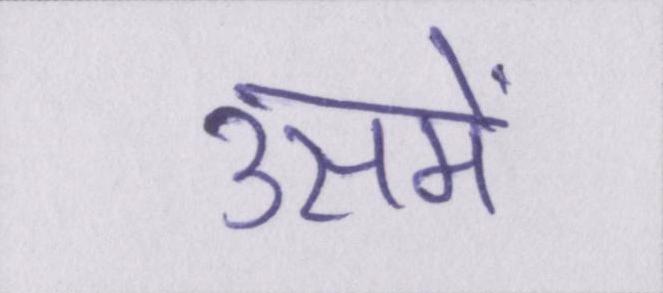
उसमें